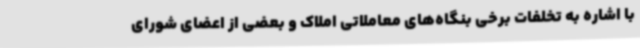
با اشاره به تخلفات برخی بنگاه‌های معاملاتی املاک و بعضی از اعضای شورای